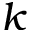
k